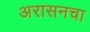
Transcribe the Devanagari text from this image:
अरासनचा